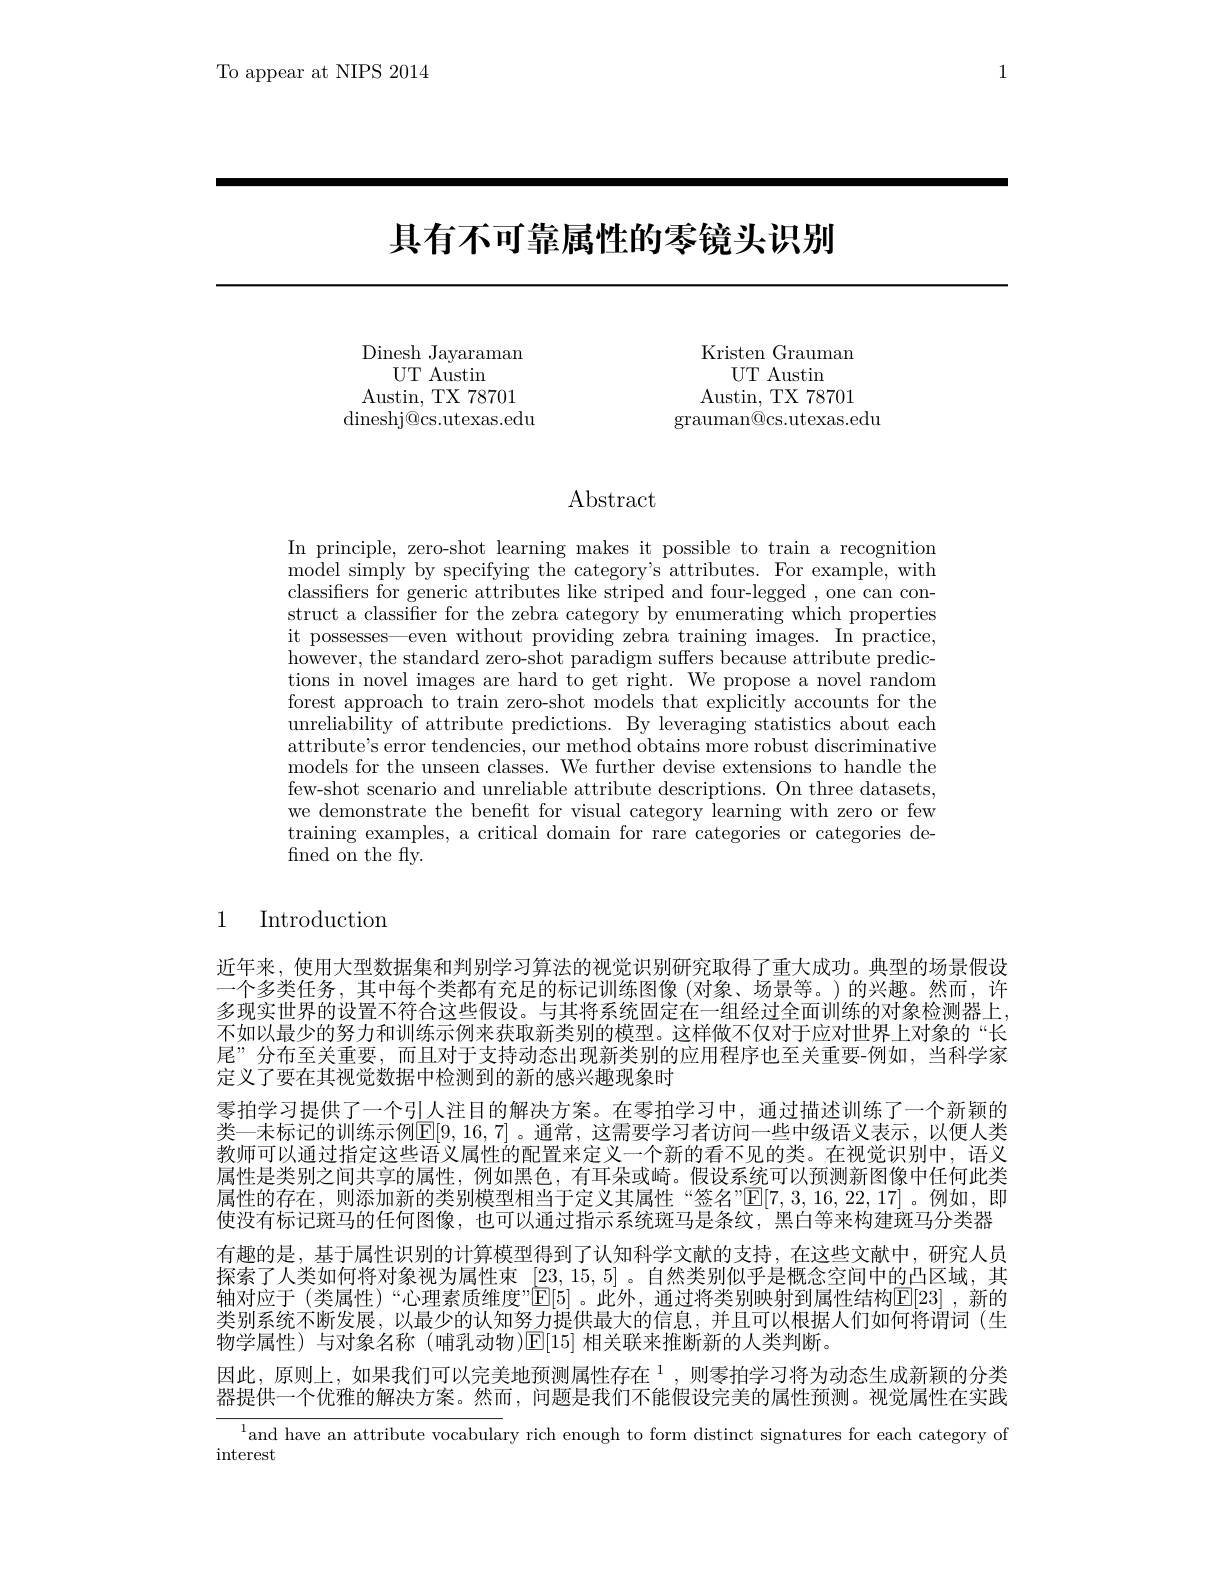
1

To appear at NIPS 2014

# 具有不可靠属性的零镜头识别

Dinesh Jayaraman
UT Austin
Austin, TX 78701 dineshj@cs.utexas.edu

Kristen Grauman
UT Austin
Austin, TX 78701
grauman@cs.utexas.edu

## $\operatorname{Abstract}$

In principle, zero-shot learning makes it possible to train a recognition ${\mathrm{model~simply~by~specifying~the~category's~attributes.~For~example,~with}}$ classifiers for generic attributes like striped and four-legged , one can construct a classifier for the zebra category by enumerating which properties it possesses—even without providing zebra training images. In practice, however, the standard zero-shot paradigm suffers because attribute predictions in novel images are hard to get right. We propose a novel random forest approach to train zero-shot models that explicitly accounts for the unreliability of attribute predictions. By leveraging statistics about each attribute's error tendencies, our method obtains more robust discriminative models for the unseen classes. We further devise extensions to handle the few-shot scenario and unreliable attribute descriptions. On three datasets, we demonstrate the benefit for visual category learning with zero or few training examples, a critical domain for rare categories or categories defined on the fly.

1 Introduction

近年来，使用大型数据集和判别学习算法的视觉识别研究取得了重大成功。典型的场景假设一个多类任务，其中每个类都有充足的标记训练图像(对象、场景等。)的兴趣。然而，许多现实世界的设置不符合这些假设。与其将系统固定在一组经过全面训练的对象检测器上， 不如以最少的努力和训练示例来获取新类别的模型。这样做不仅对于应对世界上对象的“长尾”分布至关重要，而且对于支持动态出现新类别的应用程序也至关重要-例如，当科学家定义了要在其视觉数据中检测到的新的感兴趣现象时
零拍学习提供了一个引人注目的解决方案。在零拍学习中，通过描述训练了一个新颖的类一未标记的训练示例$\mathbb{E}[9,16,7]$ 。通常，这需要学习者访问一些中级语义表示，以便人类教师可以通过指定这些语义属性的配置来定义一个新的看不见的类。在视觉识别中，语义属性是类别之间共享的属性，例如黑色，有耳朵或崎。假设系统可以预测新图像中任何此类属性的存在，则添加新的类别模型相当于定义其属性“签名”$\mathbb{E}[7,3,16,22,17]$。例如，即使没有标记斑马的任何图像，也可以通过指示系统斑马是条纹，黑白等来构建斑马分类器有趣的是，基于属性识别的计算模型得到了认知科学文献的支持，在这些文献中，研究人员探索了人类如何将对象视为属性束[23,15,5] 。自然类别似乎是概念空间中的凸区域，其轴对应于 (类属性)“心理素质维度”$\mathbb{E}[5]$ 。此外，通过将类别映射到属性结构$\mathbb{E}[23]$ ,新的类别系统不断发展，以最少的认知努力提供最大的信息，并且可以根据人们如何将谓词(生物学属性)与对象名称 (哺乳动物)$\operatorname{E}[15]$相关联来推断新的人类判断。
因此，原则上，如果我们可以完美地预测属性存在$^1$,则零拍学习将为动态生成新颖的分类器提供一个优雅的解决方案。然而，问题是我们不能假设完美的属性预测。视觉属性在实践
$^{1}$and have an attribute vocabulary rich enough to form distinct signatures for each category of

$\operatorname{interest}$